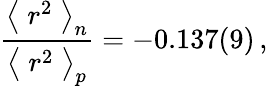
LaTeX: {\frac{\bigm<r^{2}\bigm>_{n}}{\bigm<r^{2}\bigm>_{p}}}=-0.137(9)\, ,